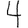
Digit: 4